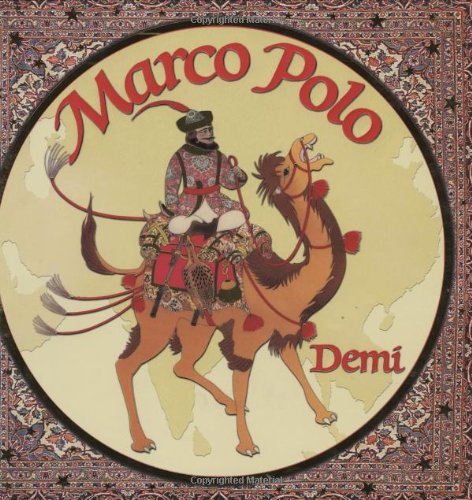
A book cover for Marco Polo; Demi; Children's Books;